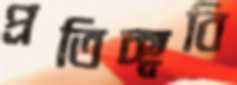
প্রতিচ্ছ্ববি